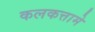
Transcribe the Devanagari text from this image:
कलकत्तामे